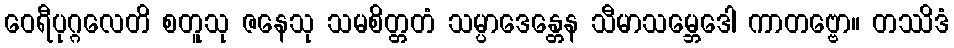
ဝေရီပုဂ္ဂလေတိ စတူသု ဇနေသု သမစိတ္တတံ သမ္ပာဒေန္တေန သီမာသမ္ဘေဒေါ ကာတဗ္ဗော။ တဿိဒံ